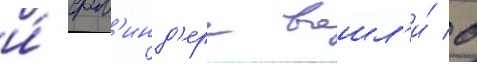
и́ фл'инд'ерс вошл'и́ в